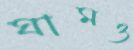
ঘামও